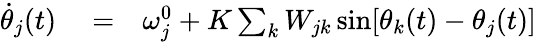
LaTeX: \begin{array}{rlr}{\dot{\theta}_{j}(t)}&{{}=}&{\omega_{j}^{0}+K\sum_{k}W_{jk}\sin[\theta_{k}(t)-\theta_{j}(t)]}\end{array}